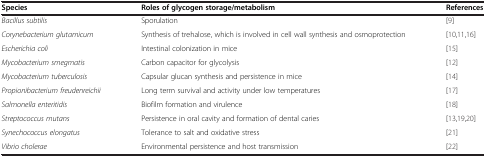
| Species | Roles of glycogen storage/metabolism | References |
 | --- | --- | --- |
 | Bacillus subtilis | Sporulation | [9] |
 | Corynebacterium glutamicum | Synthesis of trehalose, which is involved in cell wall synthesis and osmoprotection | [10,11,16] |
 | Escherichia coli | Intestinal colonization in mice | [15] |
 | Mycobacterium smegmatis | Carbon capacitor for glycolysis | [12] |
 | Mycobacterium tuberculosis | Capsular glucan synthesis and persistence in mice | [14] |
 | Propionibacterium freudenreichii | Long term survival and activity under low temperatures | [17] |
 | Salmonella enteritidis | Biofilm formation and virulence | [18] |
 | Streptococcus mutans | Persistence in oral cavity and formation of dental caries | [13,19,20] |
 | Synechococcus elongatus | Tolerance to salt and oxidative stress | [21] |
 | Vibrio cholerae | Environmental persistence and host transmission | [22] |